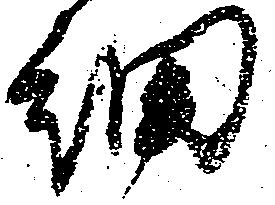
細